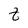
Character: t